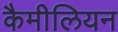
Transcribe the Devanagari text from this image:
कैमीलियन